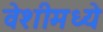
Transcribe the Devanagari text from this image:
वेशीमध्ये